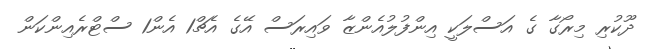
ދޫކުރި މިރޯގާ ގެ އަސްލަކީ އިންފުލުއެންޒާ ވައިރަސް އޭގެ އެޗް1 އެން1 ސްޓްރެއިންކަން